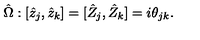
\hat { \Omega } : [ \hat { z } _ { j } , \hat { z } _ { k } ] = [ \hat { Z } _ { j } , \hat { Z } _ { k } ] = i \theta _ { j k } .